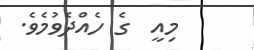
މިއީ  ގެ ހެއްދެވުމެވެ.